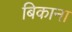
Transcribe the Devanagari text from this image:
बिकाना